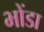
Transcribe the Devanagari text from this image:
भोंडा